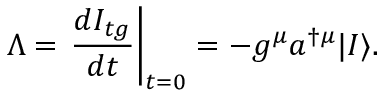
\Lambda = \left. \frac { d I _ { t g } } { d t } \right| _ { t = 0 } = - g ^ { \mu } a ^ { \dagger \mu } | I \rangle .